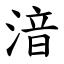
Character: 湆